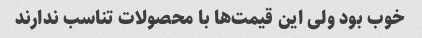
خوب بود ولی این قیمت‌ها با محصولات تناسب ندارند